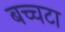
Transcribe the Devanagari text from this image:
बच्चटा